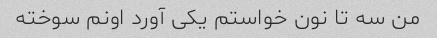
من سه تا نون خواستم یکی آورد اونم سوخته